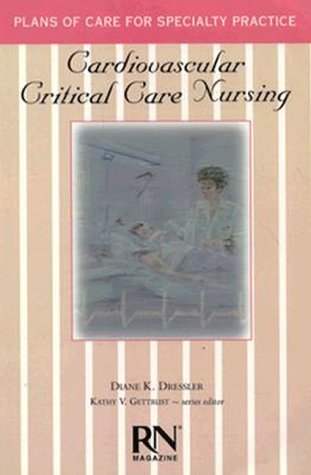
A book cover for Cardiovascular Critical Care Nursing (Care Plans Series); Diane K. Dressler; Medical Books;